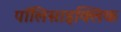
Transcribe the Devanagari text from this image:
पॉलिसाइक्लिक